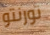
تورنتو